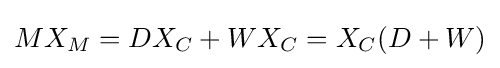
MX_{M}=DX_{C}+WX_{C}=X_{C}(D+W)